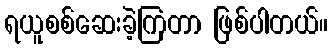
ရယူစစ်ဆေးခဲ့ကြတာ ဖြစ်ပါတယ်။